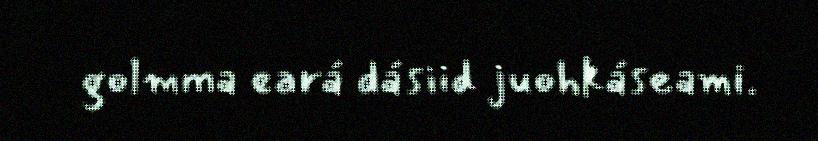
golmma eará dásiid juohkáseami.